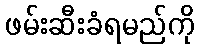
ဖမ်းဆီးခံရမည်ကို